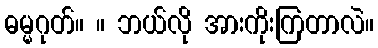
ဓမ္မဂုတ်။ ။ ဘယ်လို အားကိုးကြတာလဲ။